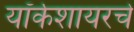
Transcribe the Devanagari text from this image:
यॉर्कशायरचे